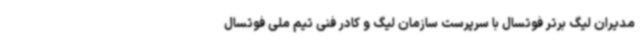
مدیران لیگ برتر فوتسال با سرپرست سازمان لیگ و کادر فنی تیم ملی فوتسال